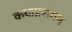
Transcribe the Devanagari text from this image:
कथाप्रसंगम्